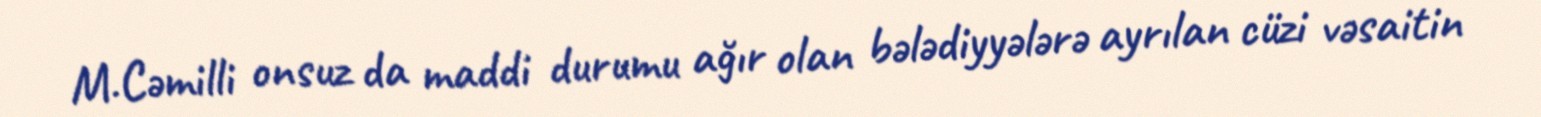
M.Cəmilli onsuz da maddi durumu ağır olan bələdiyyələrə ayrılan cüzi vəsaitin